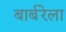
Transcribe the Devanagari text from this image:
बार्बरेला